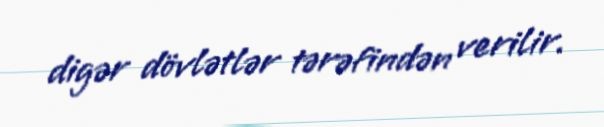
digər dövlətlər tərəfindən verilir.